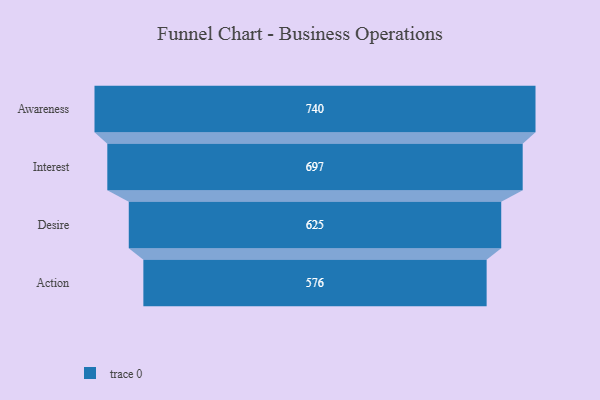
{"axis": {"x": "Stage", "y": "Value"}, "legend": [""], "data": [{"x": "Awareness", "y": 740.0, "type": ""}, {"x": "Interest", "y": 697.0, "type": ""}, {"x": "Desire", "y": 625.0, "type": ""}, {"x": "Action", "y": 576.0, "type": ""}]}